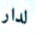
لدار